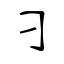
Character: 刁